Mental hospitals Bombay report 1921-28 - 1921-1928
Year: 1921
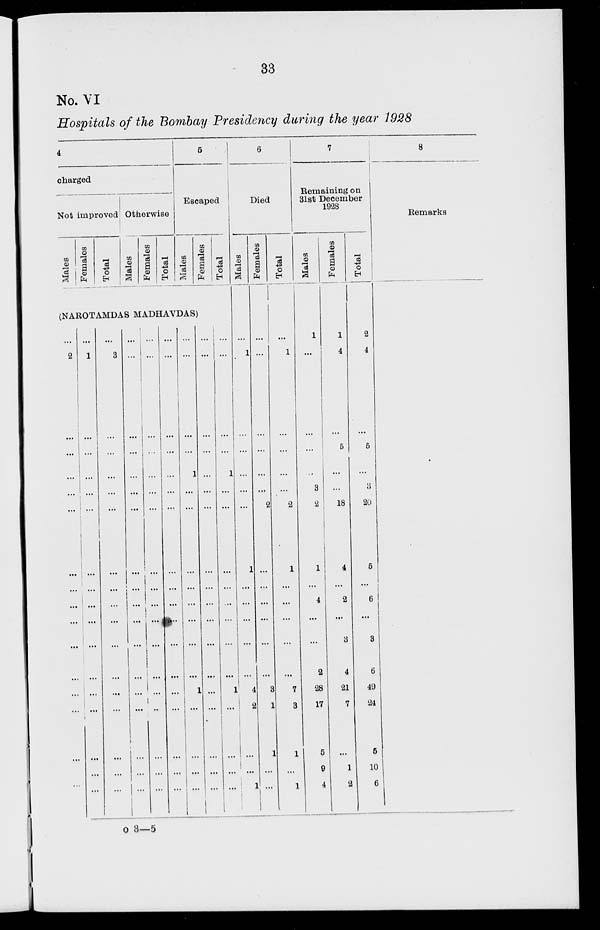
33
No. VI
Hospitals of the Bombay Presidency during the year 1928
4
charged
Not improved
Males
Females
Total
Otherwise
Males
Females
Total
5
Escaped
Males
Females
Total
(NAROTAMDAS MADHAVDAS)
...
2
...
...
...
...
...
...
...
...
...
...
...
...
...
...
...
...
...
1
...
...
...
...
...
...
...
...
...
...
...
...
...
...
...
...
...
3
...
...
...
...
...
...
...
...
...
...
...
...
...
...
...
...
...
...
...
...
...
...
...
...
...
...
...
...
...
...
...
...
...
...
...
...
...
...
...
...
...
...
...
...
...
...
...
...
...
...
...
...
...
...
...
...
...
...
...
...
...
...
...
...
...
...
...
...
...
...
...
...
...
...
1
...
...
...
...
...
...
...
...
1
...
...
...
...
...
...
...
...
...
...
...
...
...
...
...
...
...
...
...
...
...
...
...
...
...
...
1
...
...
...
...
...
...
...
...
1
...
...
...
...
6
Died
Males
...
1
...
...
...
...
...
1
...
...
...
...
...
4
2
...
...
1
Females
...
...
...
...
...
...
2
...
...
...
...
...
...
3
1
1
...
...
Total
...
1
...
...
...
...
2
1
...
...
...
...
...
7
3
1
...
1
7
Remaining on
31st December
1928
Males
1
...
...
...
...
3
2
1
...
4
...
...
2
28
17
5
9
4
Females
1
4
...
5
...
...
18
4
...
2
...
3
4
21
7
...
1
2
Total
2
4
...
5
...
3
20
5
...
6
...
3
6
49
24
5
10
6
8
Remarks
o 3—5